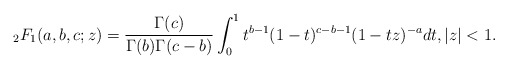
\begin{align*} {}_2F_1(a,b,c;z)= \frac{\Gamma(c)}{\Gamma(b)\Gamma(c-b)}\int_0^1 t^{b-1}(1-t)^{c-b-1}(1-tz)^{-a} dt, |z|< 1.\end{align*}